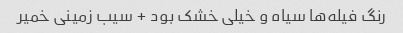
رنگ فیله‌ها سیاه و خیلی خشک بود + سیب زمینی خمیر